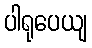
ပါရုပေယျ